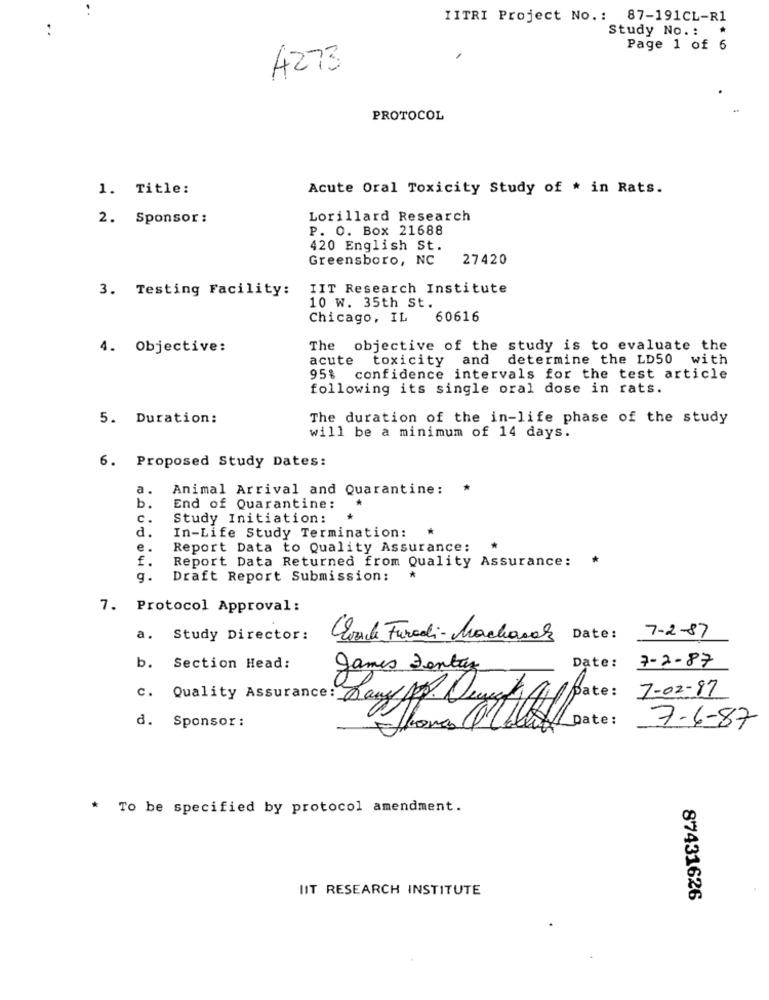
IITRI Project No .: 87-191CL-R1
Study No .: *
Page 1 of 6
4273
PROTOCOL
1. Title:
Acute Oral Toxicity Study of * in Rats.
2. Sponsor:
Lorillard Research
P. O. Box 21688
420 English St.
Greensboro, NC
27420
3. Testing Facility: IIT Research Institute
10 w. 35th St.
Chicago, IL
60616
4. Objective:
The objective of the study is to evaluate the
acute
toxicity and determine the LD50 with
95% confidence intervals for the test article
following its single oral dose in rats.
5. Duration:
The duration of the in-life phase of the study
will be a minimum of 14 days.
6. Proposed Study Dates:
a.
Animal Arrival and Quarantine:
b.
End of Quarantine:
c.
Study Initiation:
d.
*
In-Life Study Termination:
e.
Report Data to Quality Assurance:
*
Report Data Returned from Quality Assurance: *
g.
Draft Report Submission:
*
7. Protocol Approval:
7-2-87
a. Study Director:
Cloudde Furadi- Marchands
Date:
7-2-87
b. Section Head:
games Dentaz
Date:
7-02-17
C. Quality Assurance: Dany AP. Durch Al pate:
d. Sponsor :
Thomas OUlof
Date:
7-6-87
* To be specified by protocol amendment.
IIT RESEARCH INSTITUTE
87431626